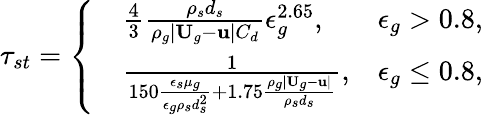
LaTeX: \tau_{st}=\left\{ \begin{array}{rlr}&{\frac{4}{3}\frac{\rho_{s}d_{s}}{\rho_{g}|\textbf{U}_{g}-\textbf{u}|C_{d}}\epsilon_{g}^{2.65},}&{\epsilon_{g}>0.8,}\\ &{\frac{1}{150\frac{\epsilon_{s}\mu_{g}}{\epsilon_{g}\rho_{s}d_{s}^{2}}+1.75\frac{\rho_{g}|\textbf{U}_{g}-\textbf{u}|}{\rho_{s}d_{s}}},}&{\epsilon_{g}\le 0.8,}\end{array}\right.